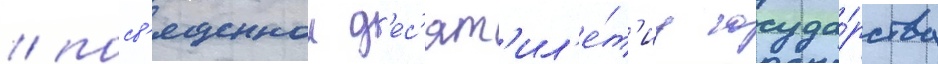
/ посв'ященнои д'ес'ят'ил'е́т'иу госуда́рства